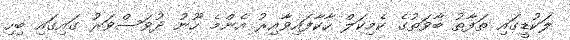
ލަކުޑީގައި ތަފާތު ބާވަތުގެ ކެމިކަލް ހާކާފައިވާއިރު އެންމެ ހޫނު ދުވަސްވަރު ގައިގައި ބިހި